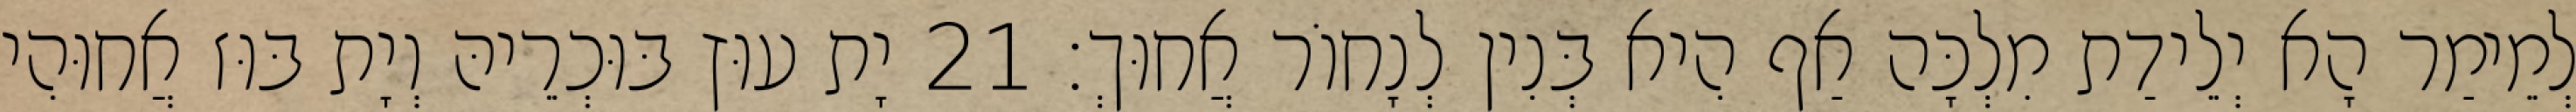
לְמֵימַר הָא יְלֵידַת מִלְכָּה אַף הִיא בְּנִין לְנָחוֹר אֲחוּךְ׃ 21 יָת עוּץ בּוּכְרֵיהּ וְיָת בּוּז אֲחוּהִי